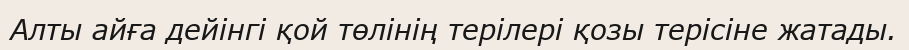
Алты айға дейінгі қой төлінің терілері қозы терісіне жатады.